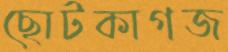
ছোটকাগজ